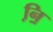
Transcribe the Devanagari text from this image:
नि़॒